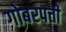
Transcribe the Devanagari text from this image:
गोबरपत्ती